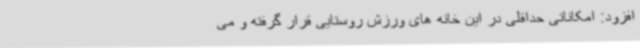
افزود: امکاناتی حداقلی در این خانه های ورزش روستایی قرار گرفته و می